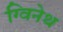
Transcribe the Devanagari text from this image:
ग्विनेथ